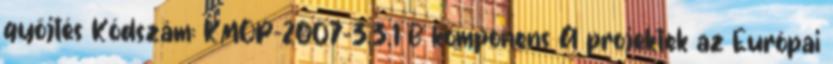
győjtés Kódszám: KMOP-2007-3.3.1 B komponens A projektek az Európai